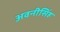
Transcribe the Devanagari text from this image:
अवनीसिंह